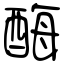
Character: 酶